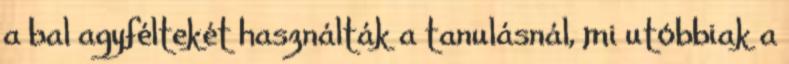
a bal agyféltekét használták a tanulásnál, mi utóbbiak a